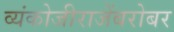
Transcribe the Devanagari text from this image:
व्यंकोजीराजेंबरोबर